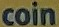
coin